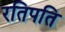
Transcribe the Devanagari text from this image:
रतिपति